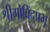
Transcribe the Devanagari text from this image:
श्रीगोविंदप्रभू